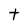
Character: t